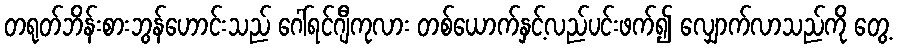
တရုတ်ဘိန်းစားဘွန်ဟောင်းသည် ဂေါ်ရင်ဂျီကုလား တစ်ယောက်နှင့်လည်ပင်းဖက်၍ လျှောက်လာသည်ကို တွေ့